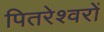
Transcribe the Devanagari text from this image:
पितरेश्वरों